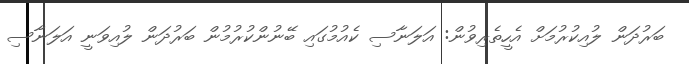
ބަރުދަން ލުއިކުރުމަށް އެހީތެރިވުން: އަލަނާސި ކެއުމުގައި ބޭނުންކުރުމުން ބަރުދަން ލުއިވަނީ އަލަނާސި